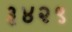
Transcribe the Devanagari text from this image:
३४२९